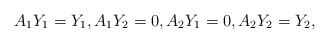
LaTeX: \begin{align*}A_1 Y_1 &= Y_1, A_1 Y_2 = 0, A_2 Y_1 = 0, A_2 Y_2 = Y_2,\end{align*}